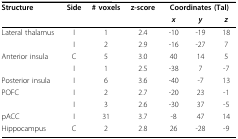
| Structure | Side | # voxels | z-score | <COLSPAN=3> Coordinates (Tal) |
 |  |  |  |  | x | y | z |
 | --- | --- | --- | --- | --- | --- | --- |
 | Lateral thalamus | I | 1 | 2.4 | -10 | -19 | 18 |
 |  | I | 2 | 2.9 | -16 | -27 | 7 |
 | Anterior insula | C | 5 | 3.0 | 40 | 14 | 5 |
 |  | I | 1 | 2.5 | -38 | 7 | -7 |
 | Posterior insula | I | 6 | 3.6 | -40 | -7 | 13 |
 | POFC | I | 2 | 2.7 | -20 | 23 | -1 |
 |  | I | 3 | 2.6 | -30 | 37 | -5 |
 | pACC | I | 31 | 3.7 | -8 | 47 | 14 |
 | Hippocampus | C | 2 | 2.8 | 26 | -28 | -9 |